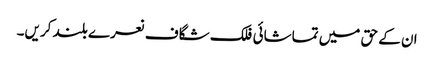
ان کے حق میں تماشائی فلک شگاف نعرے بلند کریں۔